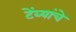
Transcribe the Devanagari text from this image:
टेंब्यांचे